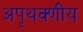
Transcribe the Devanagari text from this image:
अपृथक्णीय